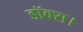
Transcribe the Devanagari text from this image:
डॉक्स।